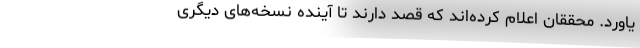
یاورد. محققان اعلام کرده‌اند که قصد دارند تا آینده نسخه‌های دیگری